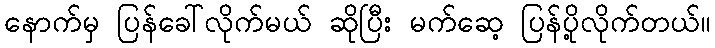
နောက်မှ ပြန်ခေါ်လိုက်မယ် ဆိုပြီး မက်ဆေ့ ပြန်ပို့လိုက်တယ်။